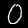
Digit: 0